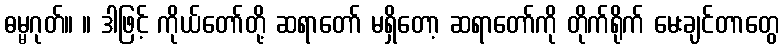
ဓမ္မဂုတ်။ ။ ဒါဖြင့် ကိုယ်တော်တို့ ဆရာတော် မရှိတော့ ဆရာတော်ကို တိုက်ရိုက် မေးချင်တာတွေ